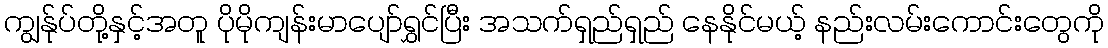
ကျွန်ုပ်တို့နှင့်အတူ ပိုမိုကျန်းမာပျော်ရွှင်ပြီး အသက်ရှည်ရှည် နေနိုင်မယ့် နည်းလမ်းကောင်းတွေကို